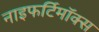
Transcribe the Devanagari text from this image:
नाइफर्टिमॉक्स